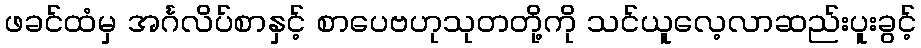
ဖခင်ထံမှ အင်္ဂလိပ်စာနှင့် စာပေဗဟုသုတတို့ကို သင်ယူလေ့လာဆည်းပူးခွင့်